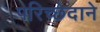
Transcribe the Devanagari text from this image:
परिच्छेदाने